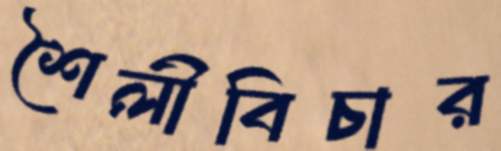
শৈলীবিচার